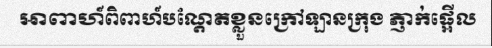
អាពាហ៍ពិពាហ៍បណ្តែតខ្លួនក្រៅឡានក្រុង ភ្ញាក់ផ្អើល